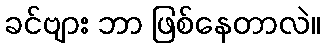
ခင်ဗျား ဘာ ဖြစ်နေတာလဲ။